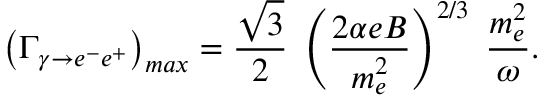
\left( \Gamma _ { \gamma \to e ^ { - } e ^ { + } } \right) _ { m a x } = \frac { \sqrt { 3 } } { 2 } \; \left( \frac { 2 \alpha e B } { m _ { e } ^ { 2 } } \right) ^ { 2 / 3 } \; \frac { m _ { e } ^ { 2 } } { \omega } .